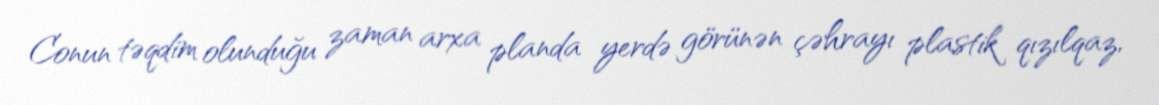
Conun təqdim olunduğu zaman arxa planda yerdə görünən çəhrayı plastik qızılqaz,